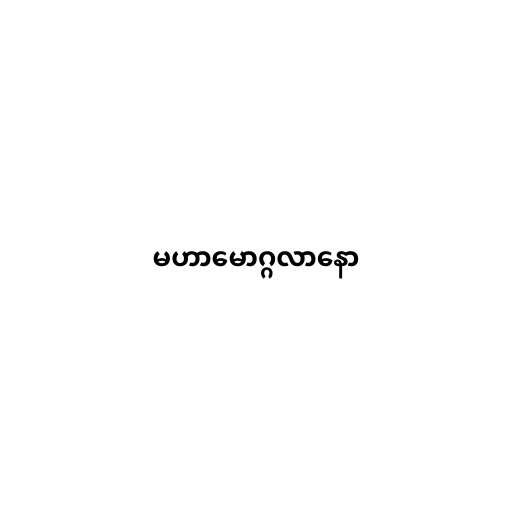
မဟာမောဂ္ဂလာနော